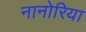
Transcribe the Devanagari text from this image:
नानोरिया